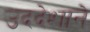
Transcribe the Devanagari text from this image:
उददेशाने